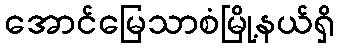
အောင်မြေသာစံမြို့နယ်ရှိ